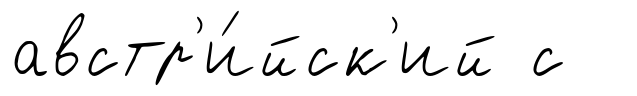
австр'и́йск'ий с